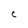
Character: C